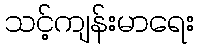
သင့်ကျန်းမာရေး